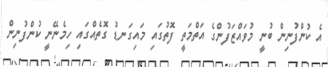
އެ ކުންފުނިން ބުނީ މުވައްޒަފުންގެ އަތްމަތީ ފޮތުގައި މައިގަނޑު ގޮތެއްގައި ހިމެނޭނީ ކުންފުނިން